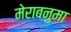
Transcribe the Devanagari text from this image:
मेराबनुमा